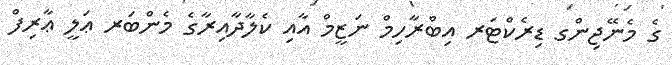
ގެ މެނޭޖިންގ ޑިރެކްޓަރ އިބްރާހިމް ނަޒީމް އާއި ކެލާދާއިރާގެ މެންބަރ ޢަލީ ޢާރިފް